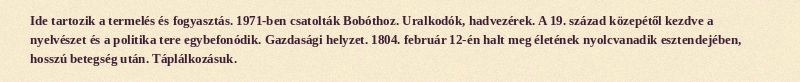
Ide tartozik a termelés és fogyasztás. 1971-ben csatolták Bobóthoz. Uralkodók, hadvezérek. A 19. század közepétől kezdve a nyelvészet és a politika tere egybefonódik. Gazdasági helyzet. 1804. február 12-én halt meg életének nyolcvanadik esztendejében, hosszú betegség után. Táplálkozásuk.